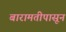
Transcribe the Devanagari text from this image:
बारामतीपासून